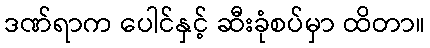
ဒဏ်ရာက ပေါင်နှင့် ဆီးခုံစပ်မှာ ထိတာ။